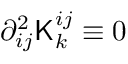
\partial _ { i j } ^ { 2 } { \sf K } _ { k } ^ { i j } \equiv 0